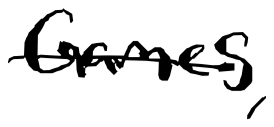
Text: Games,
Cross-out: single-line
Writing tool: digital_black